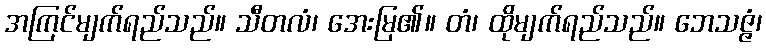
အကြင်မျက်ရည်သည်။ သီတလံ၊ အေးမြ၏။ တံ၊ ထိုမျက်ရည်သည်။ ဘေသဇ္ဇံ၊